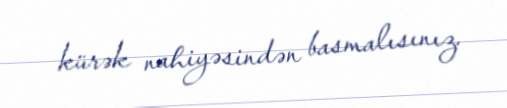
kürək nahiyəsindən basmalısınız.